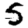
Digit: 5